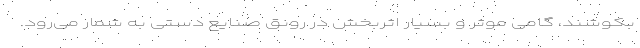
بکوشند، گامی موثر و بسیار اثربخش در رونق صنایع دستی به شمار می‌رود.